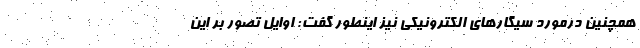
همچنین درمورد سیگارهای الکترونیکی نیز اینطور گفت: اوایل تصور بر این